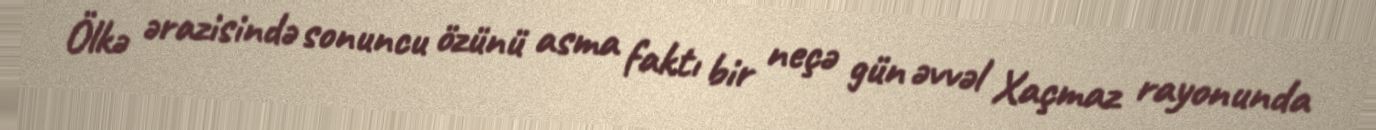
Ölkə ərazisində sonuncu özünü asma faktı bir neçə gün əvvəl Xaçmaz rayonunda